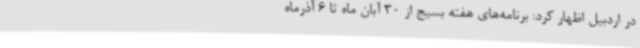
در اردبیل اظهار کرد: برنامه‌های هفته بسیج از 30 آبان ماه تا 6 آذرماه